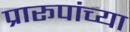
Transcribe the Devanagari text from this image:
प्रारूपांच्या